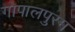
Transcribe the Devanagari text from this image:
गोपालपुरम